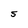
Character: S